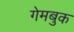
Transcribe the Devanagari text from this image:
गेमबुक